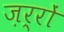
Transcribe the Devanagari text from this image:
ज़र्रों